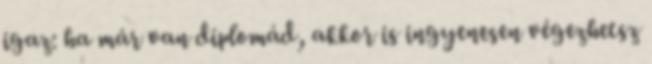
igaz: ha már van diplomád, akkor is ingyenesen végezhetsz